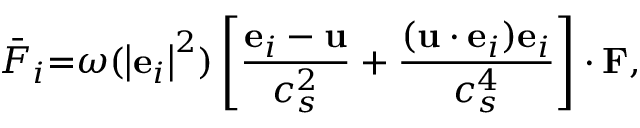
{ { \bar { F } } _ { i } } \mathrm { { = } } \omega ( { \left| { { { \bf { e } } _ { i } } } \right| ^ { 2 } } ) \left[ { \frac { { { { \bf { e } } _ { i } } - { \bf { u } } } } { { c _ { s } ^ { 2 } } } + \frac { { ( { \bf { u } } \cdot { { \bf { e } } _ { i } } ) { { \bf { e } } _ { i } } } } { { c _ { s } ^ { 4 } } } } \right] \cdot { \bf { F } } ,